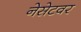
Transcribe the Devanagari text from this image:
नेसेटवर